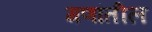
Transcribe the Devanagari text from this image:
गणांतील